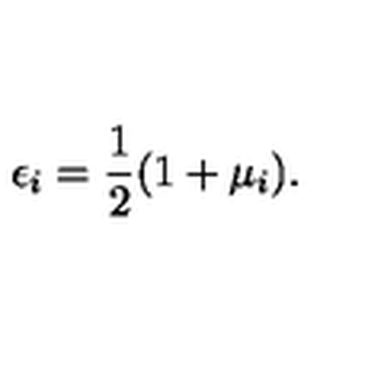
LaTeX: \epsilon _ { i } = \frac { 1 } { 2 } ( 1 + \mu _ { i } ) .